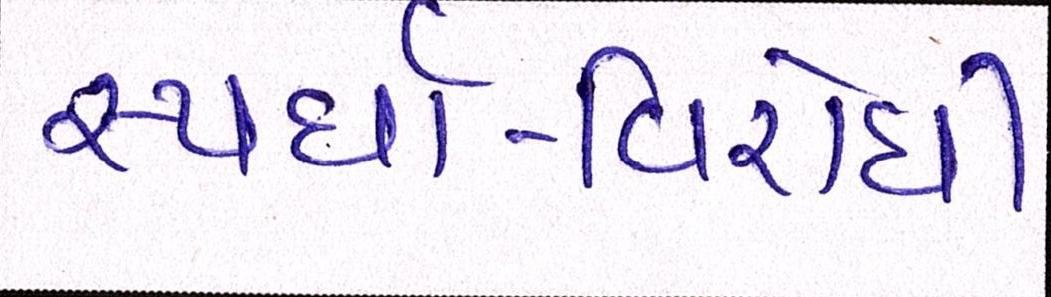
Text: સ્પર્ધા-વિરોધી